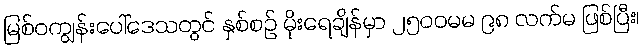
မြစ်ဝကျွန်းပေါ်ဒေသတွင် နှစ်စဉ် မိုးရေချိန်မှာ ၂၅၀၀မမ ၉၈ လက်မ ဖြစ်ပြီး၊